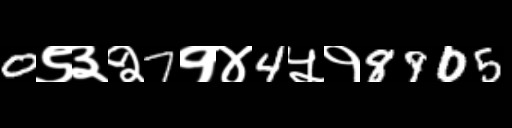
Text: 0९३२7१४4५१8905